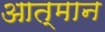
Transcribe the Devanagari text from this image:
आत्मान